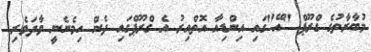
މުބާރާތުގެ ގްރޫޕް "އޭ"ގައި އިންޑިއާ އޮތްއިރު އެ ގްރޫޕްގައި ދެން ހިމެނެނީ ވާދަވެރި